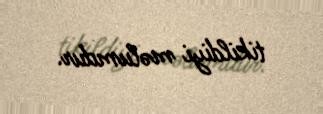
tikildiyi məlumdur.